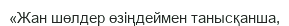
«Жан шөлдер өзіңдеймен танысқанша,